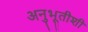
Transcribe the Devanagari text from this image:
अनुभूतीशी